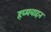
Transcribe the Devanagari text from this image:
हव्यवाहन